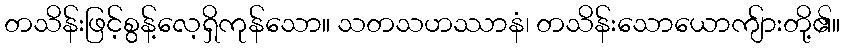
တသိန်းဖြင့်စွန့်လေ့ရှိကုန်သော။ သတသဟဿာနံ၊ တသိန်းသောယောကျ်ားတို့၏။